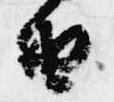
由